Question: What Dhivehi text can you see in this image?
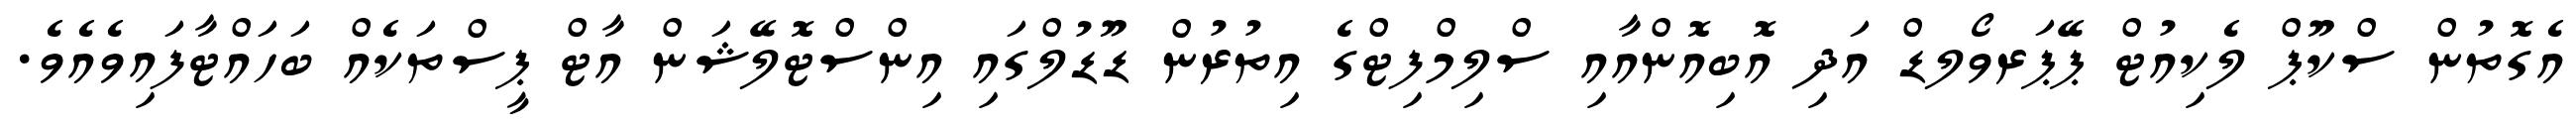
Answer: އެގޮތުން ސްކޫޕް ލެކިއުޓް ޕޭޕަރވޯލޑް އަދި އޮބިއޮންއާއި ސްލިމްފިޓްގެ އިތުރުން ޑޫޑުލްގައި އިންސްޓޮލޭޝަން އާޓް ޕީސްތަކެއް ބަހައްޓާފައިވެއެވެ.